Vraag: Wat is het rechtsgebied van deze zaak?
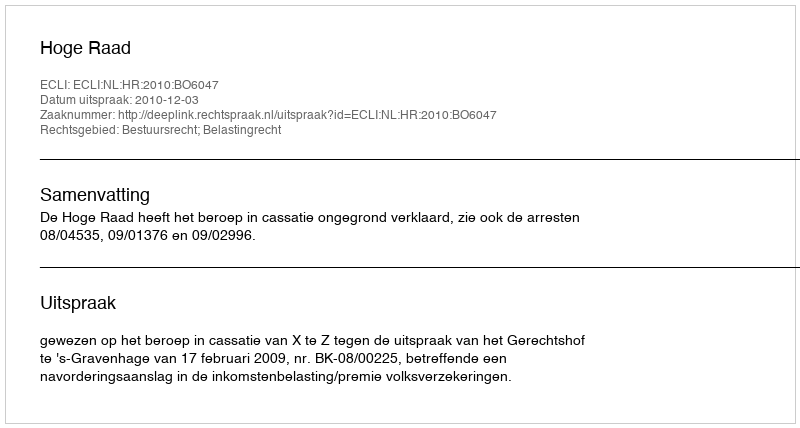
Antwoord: Bestuursrecht; Belastingrecht